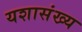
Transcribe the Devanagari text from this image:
यशासंख्य